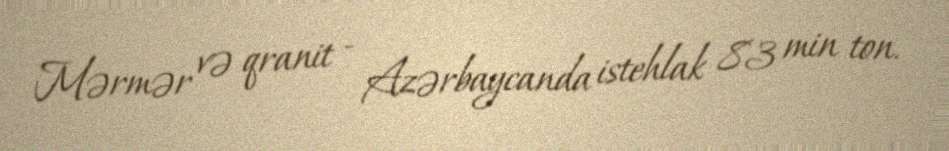
Mərmər və qranit - Azərbaycanda istehlak 83 min ton.